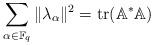
LaTeX: \begin{align*} \sum_{\alpha \in \Bbb F_q} \| \lambda_{\alpha} \|^2=\operatorname{tr}(\mathbb{A}^{\ast} \mathbb{A})\end{align*}